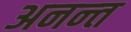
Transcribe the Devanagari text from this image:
अनन्‍त